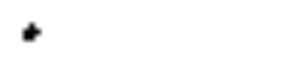
.